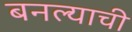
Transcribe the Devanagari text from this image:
बनल्याची